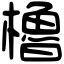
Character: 櫓